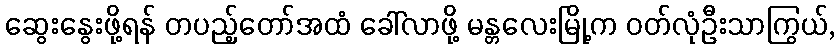
ဆွေးနွေးဖို့ရန် တပည့်တော်အထံ ခေါ်လာဖို့ မန္တလေးမြို့က ဝတ်လုံဦးသာကြွယ်,